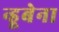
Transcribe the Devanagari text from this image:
न्डूबेना